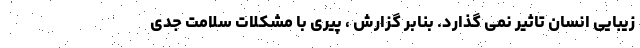
زیبایی انسان تاثیر نمی گذارد. بنابر گزارش ، پیری با مشکلات سلامت جدی